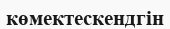
көмектескендгін